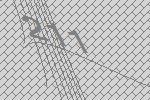
211